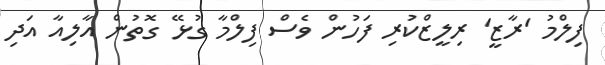
ފިލްމު 'ރާޒީ' ރިލީޒްކުރި ފަހުން ވެސް ފިލްމާ ގުޅޭ ގޮތުން އާލިއާ އަދި